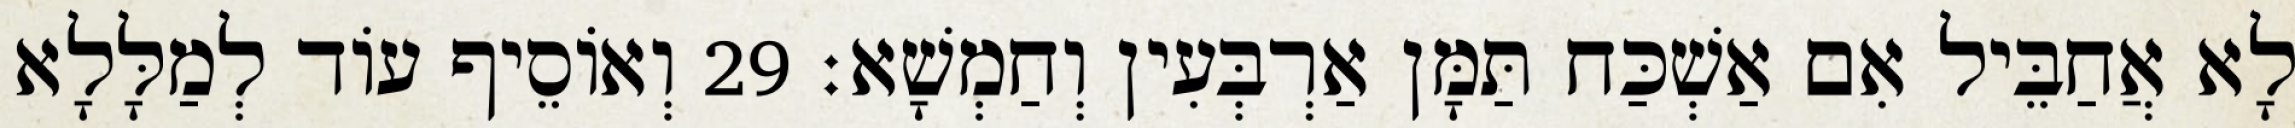
לָא אֲחַבֵּיל אִם אַשְׁכַּח תַּמָּן אַרְבְּעִין וְחַמְשָׁא׃ 29 וְאוֹסֵיף עוֹד לְמַלָּלָא